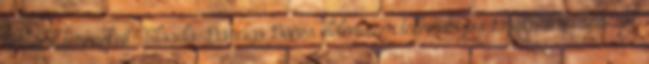
kertünk termékeit? Előadó: Daragó Dénes élelmiszer technológus Gyakorlati tanácsok